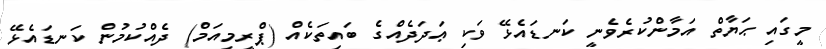
މީގައި ޙަޔާތް އަމާންކުރެވެނީ ކަނޑައެޅޭ ވަކި ޢަދަދެއްގެ ބައިތަކެއް (ޕްރީމިއަމް) ދެއްކުމުން ކަނޑައެޅޭ